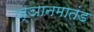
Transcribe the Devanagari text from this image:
ज्ञानमातंड